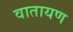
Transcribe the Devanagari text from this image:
वातायण